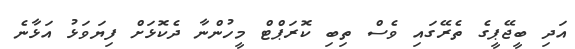
އަދި ބީޖޭޕީގެ ތެރޭގައި ވެސް ތިބި ކޮރަޕްޓް މީހުންނާ ދެކޮޅަށް ފިޔަވަޅު އަޅާނެ